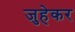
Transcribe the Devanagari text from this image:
जुहेकर